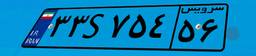
۲۴S۰۴۸۷۱